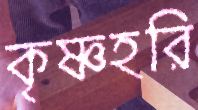
কৃষ্ণহরি